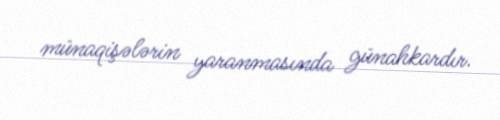
münaqişələrin yaranmasında günahkardır.